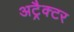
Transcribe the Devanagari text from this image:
अट्रैक्टर